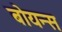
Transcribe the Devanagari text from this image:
बोयन्स